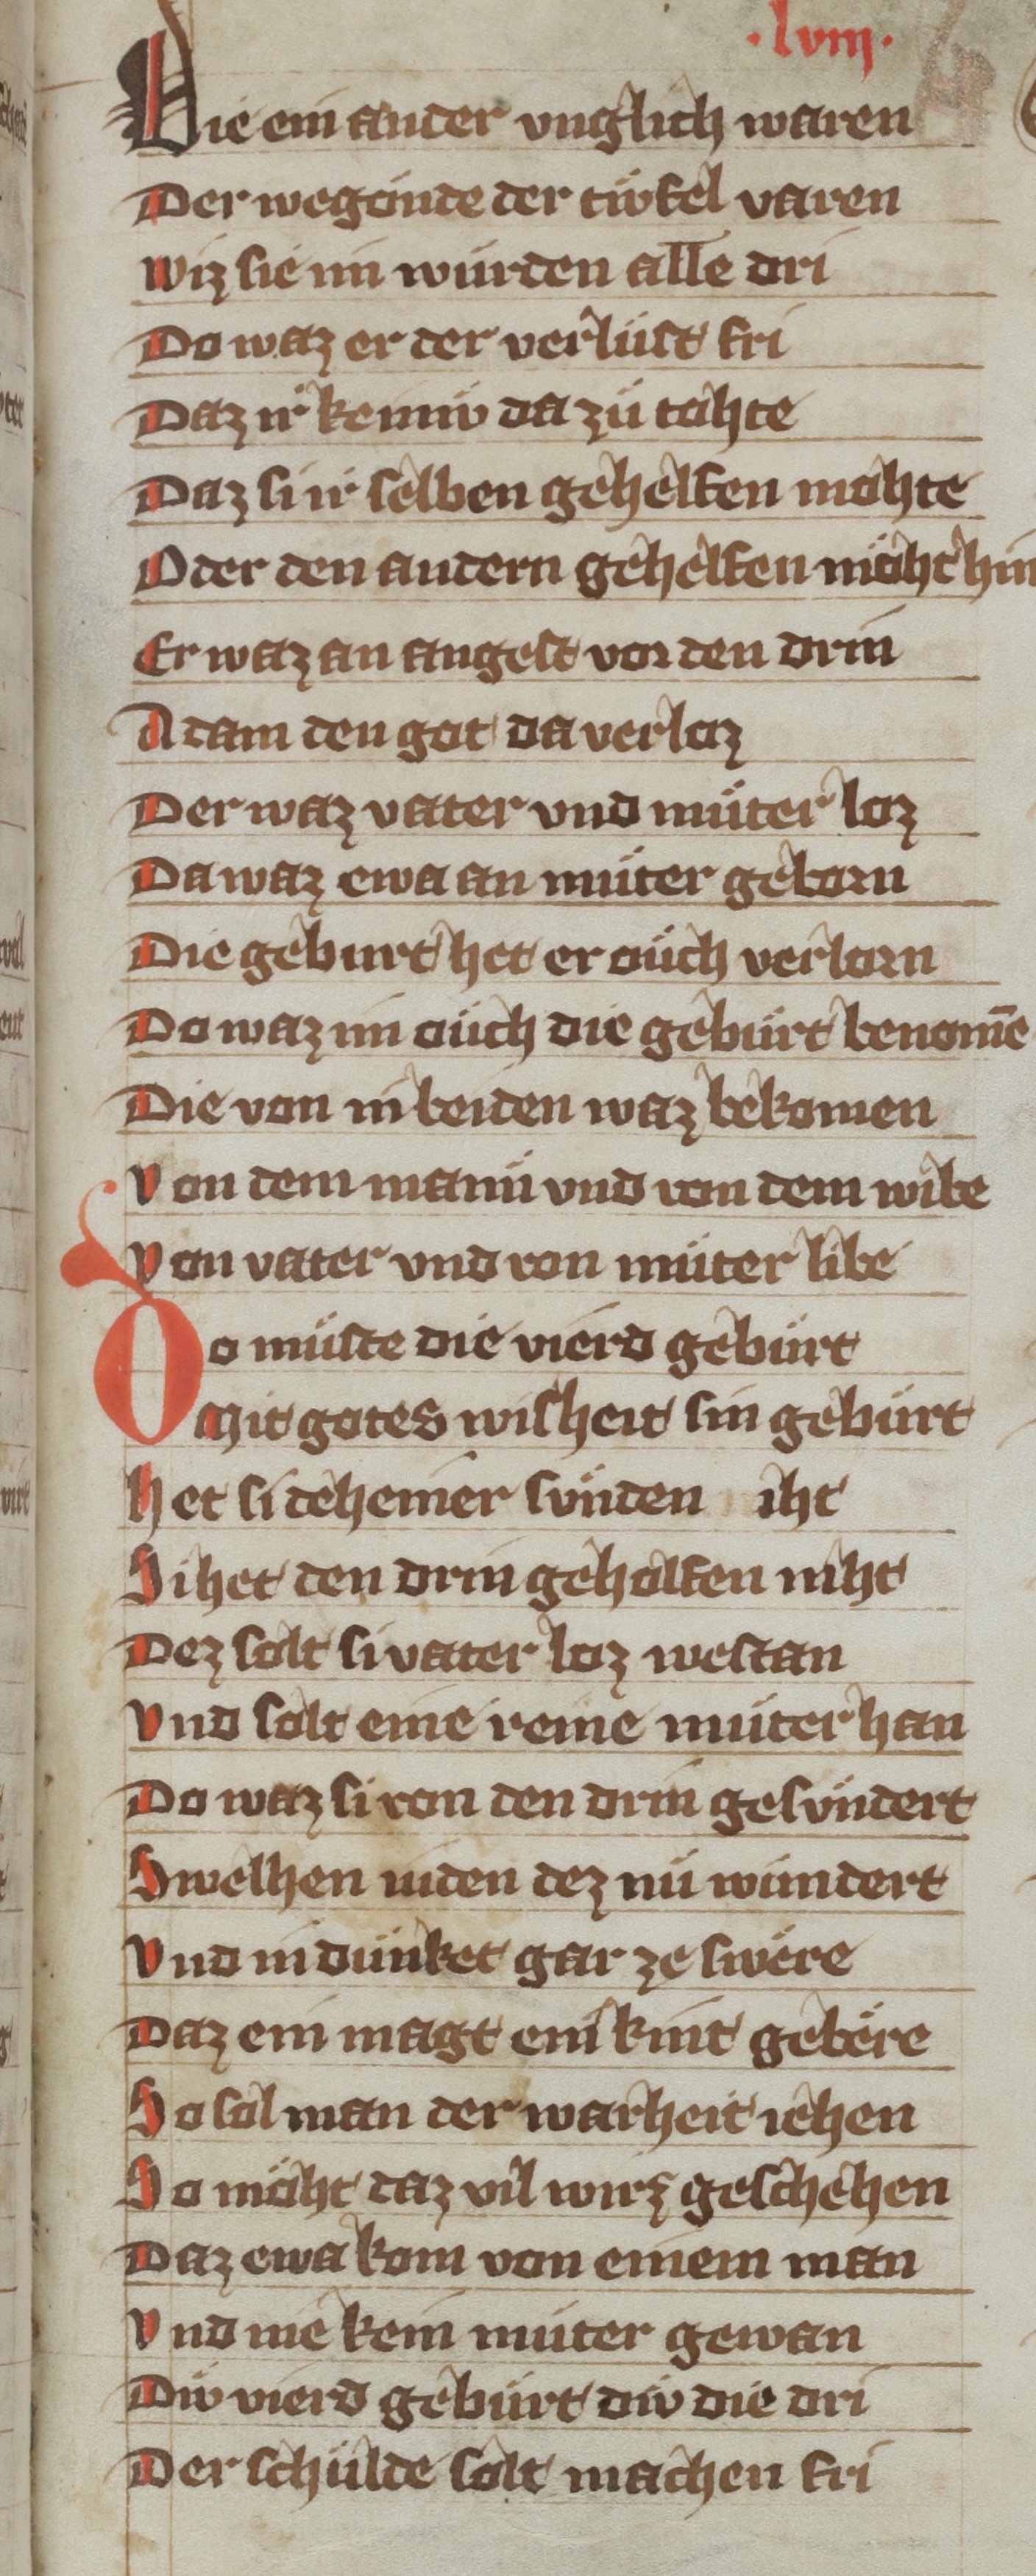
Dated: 1340–1359